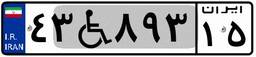
۴۴W۹۵۸۶۵